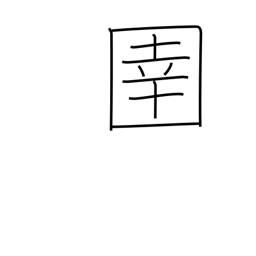
Meaning: horse tender